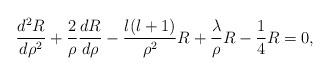
LaTeX: \begin{align*}\frac{d^2R}{d\rho^2}+\frac{2}{\rho}\frac{dR}{d\rho}-\frac{l(l+1)}{\rho^2}R+ \frac{\lambda}{\rho}R - \frac{1}{4}R = 0,\end{align*}